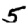
Digit: 5